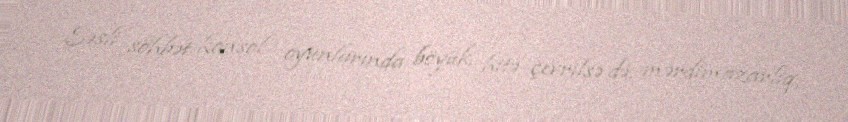
Səsli söhbət konsol oyunlarında böyük hitə çevrilsə də, mərdimazarlıq,